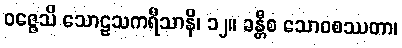
ဝဇ္ဇေသိ သောဠသကရီသာနိ၊ ၁၂။ ခန္တီစ သောဝစဿတာ၊